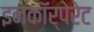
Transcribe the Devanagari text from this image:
इनकाॅर्पेरेट